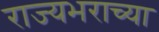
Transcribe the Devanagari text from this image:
राज्यभराच्या